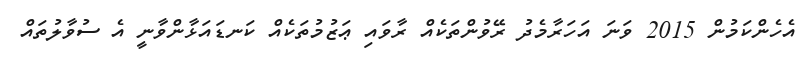
އެހެންކަމުން 2015 ވަނަ އަހަރާމެދު ރޭވުންތަކެއް ރާވައި ޢަޒުމުތަކެއް ކަނޑައަޅާންވާނީ އެ ސުވާލުތައް